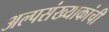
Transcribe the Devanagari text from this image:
अल्पसंख्याकांची